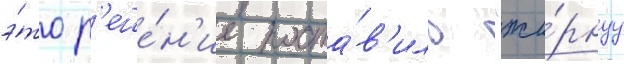
э́то р'еше́н'ие поста́в'ило "жи́рнуу